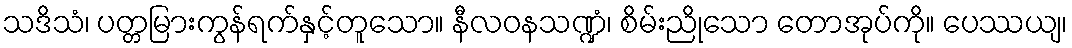
သဒိသံ၊ ပတ္တမြားကွန်ရက်နှင့်တူသော။ နီလဝနသဏ္ဍံ၊ စိမ်းညိုသော တောအုပ်ကို။ ပေဿယျ၊